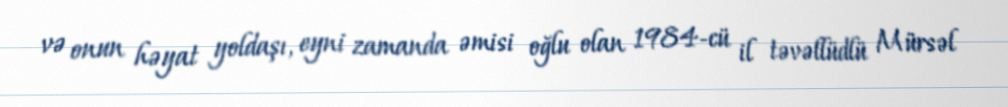
və onun həyat yoldaşı, eyni zamanda əmisi oğlu olan 1984-cü il təvəllüdlü Mürsəl